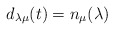
\begin{align*} d_{\lambda\mu}(t)= n_\mu({\lambda}) \end{align*}